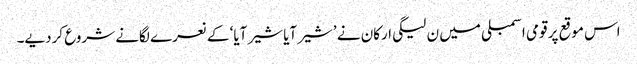
اس موقع پر قومی اسمبلی میں ن لیگی ارکان نے ’شیر آیا شیر آیا‘ کے نعرے لگانے شروع کردیے۔